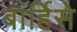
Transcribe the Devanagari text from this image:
बार्हिसे